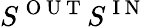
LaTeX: S^{\mathrm{~O~U~T~}}S^{\mathrm{~I~N~}}